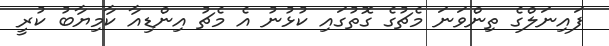
ފައިނަލްގެ ތިންވަނަ މެޗުގެ ގޮތުގައި ކުޅުނު އެ މެޗު އިންޑިއާ ކާމިޔާބު ކުރީ